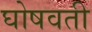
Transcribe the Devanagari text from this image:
घोषवती